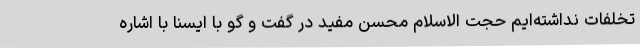
تخلفات نداشته‌ایم حجت الاسلام محسن مفید در گفت و گو با ایسنا با اشاره